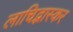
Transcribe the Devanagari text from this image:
लाचिद्भास्कर